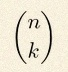
\binom{n}{k}